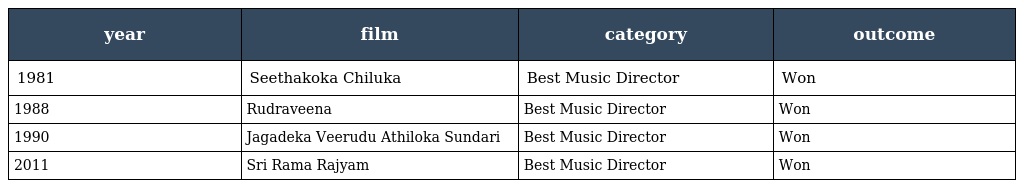
| year | film | category | outcome |
 | --- | --- | --- | --- |
 | 1981 | Seethakoka Chiluka | Best Music Director | Won |
 | 1988 | Rudraveena | Best Music Director | Won |
 | 1990 | Jagadeka Veerudu Athiloka Sundari | Best Music Director | Won |
 | 2011 | Sri Rama Rajyam | Best Music Director | Won |